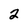
Character: 2